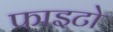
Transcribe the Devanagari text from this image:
फाइटो